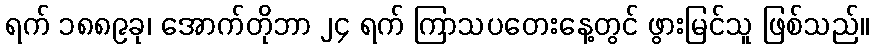
ရက် ၁၈၈၉ခု၊ အောက်တိုဘာ ၂၄ ရက် ကြာသပတေးနေ့တွင် ဖွားမြင်သူ ဖြစ်သည်။